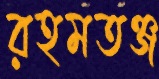
রহমতঞ্জ